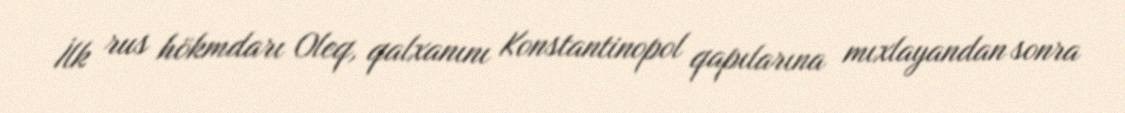
İlk rus hökmdarı Oleq, qalxanını Konstantinopol qapılarına mıxlayandan sonra